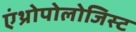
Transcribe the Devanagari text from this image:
एंथ्रोपोलोजिस्ट